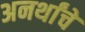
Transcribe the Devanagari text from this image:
अनर्थांचे